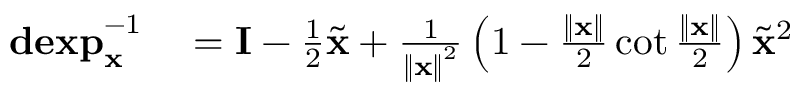
\begin{array} { r l } { \mathbf { d e x p } _ { \mathbf { x } } ^ { - 1 } } & { { } = \mathbf { I } - \frac { 1 } { 2 } \tilde { \mathbf { x } } + \frac { 1 } { \left\Vert \mathbf { x } \right\Vert ^ { 2 } } \left( 1 - \frac { \left\Vert \mathbf { x } \right\Vert } { 2 } \cot \frac { \left\Vert \mathbf { x } \right\Vert } { 2 } \right) \tilde { \mathbf { x } } ^ { 2 } } \end{array}